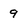
Character: 9